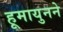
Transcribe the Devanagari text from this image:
हूमायुनने